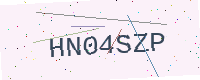
Text: HN04SZP